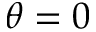
\theta = 0